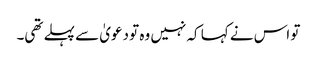
تو اس نے کہا کہ نہیں وہ تو دعویٰ سے پہلے تھی۔